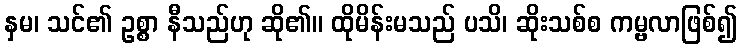
နှမ၊ သင်၏ ဥစ္စာ နီသည်ဟု ဆို၏။ ထိုမိန်းမသည် ပသိ၊ ဆိုးသစ်စ ကမ္ဗလာဖြစ်၍